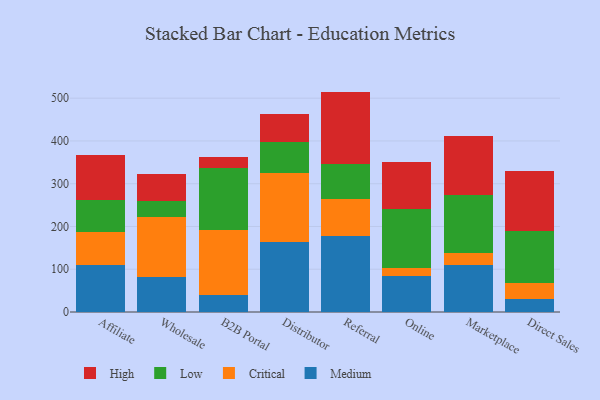
{"axis": {"x": "Channel", "y": "Page Views"}, "legend": ["Critical", "High", "Low", "Medium"], "data": [{"x": "Affiliate", "y": 110.1, "type": "Medium"}, {"x": "Affiliate", "y": 77.2, "type": "Critical"}, {"x": "Affiliate", "y": 74.9, "type": "Low"}, {"x": "Affiliate", "y": 105.0, "type": "High"}, {"x": "Wholesale", "y": 82.3, "type": "Medium"}, {"x": "Wholesale", "y": 139.7, "type": "Critical"}, {"x": "Wholesale", "y": 36.7, "type": "Low"}, {"x": "Wholesale", "y": 65.0, "type": "High"}, {"x": "B2B Portal", "y": 39.1, "type": "Medium"}, {"x": "B2B Portal", "y": 151.5, "type": "Critical"}, {"x": "B2B Portal", "y": 145.0, "type": "Low"}, {"x": "B2B Portal", "y": 26.5, "type": "High"}, {"x": "Distributor", "y": 163.6, "type": "Medium"}, {"x": "Distributor", "y": 162.4, "type": "Critical"}, {"x": "Distributor", "y": 71.4, "type": "Low"}, {"x": "Distributor", "y": 65.7, "type": "High"}, {"x": "Referral", "y": 178.3, "type": "Medium"}, {"x": "Referral", "y": 85.4, "type": "Critical"}, {"x": "Referral", "y": 82.6, "type": "Low"}, {"x": "Referral", "y": 169.1, "type": "High"}, {"x": "Online", "y": 85.3, "type": "Medium"}, {"x": "Online", "y": 17.6, "type": "Critical"}, {"x": "Online", "y": 137.7, "type": "Low"}, {"x": "Online", "y": 110.9, "type": "High"}, {"x": "Marketplace", "y": 110.2, "type": "Medium"}, {"x": "Marketplace", "y": 27.8, "type": "Critical"}, {"x": "Marketplace", "y": 136.3, "type": "Low"}, {"x": "Marketplace", "y": 137.3, "type": "High"}, {"x": "Direct Sales", "y": 31.5, "type": "Medium"}, {"x": "Direct Sales", "y": 37.3, "type": "Critical"}, {"x": "Direct Sales", "y": 120.5, "type": "Low"}, {"x": "Direct Sales", "y": 140.6, "type": "High"}]}